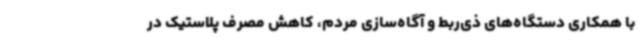
با همکاری دستگاه‌های ذی‌ربط و آگاه‌سازی مردم، کاهش مصرف پلاستیک در